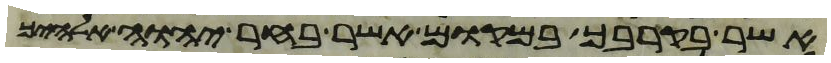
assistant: אשר בקרבך במקום אשר בחר יהוה אלהיך